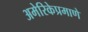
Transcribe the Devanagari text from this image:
अमेरिकेप्रमाणे